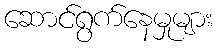
ဆောင်ရွက်နေမှုများ